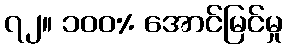
၇၂။ ၁၀၀% အောင်မြင်မှု